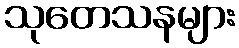
သုတေသနများ